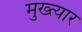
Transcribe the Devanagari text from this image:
मुख्त्यार